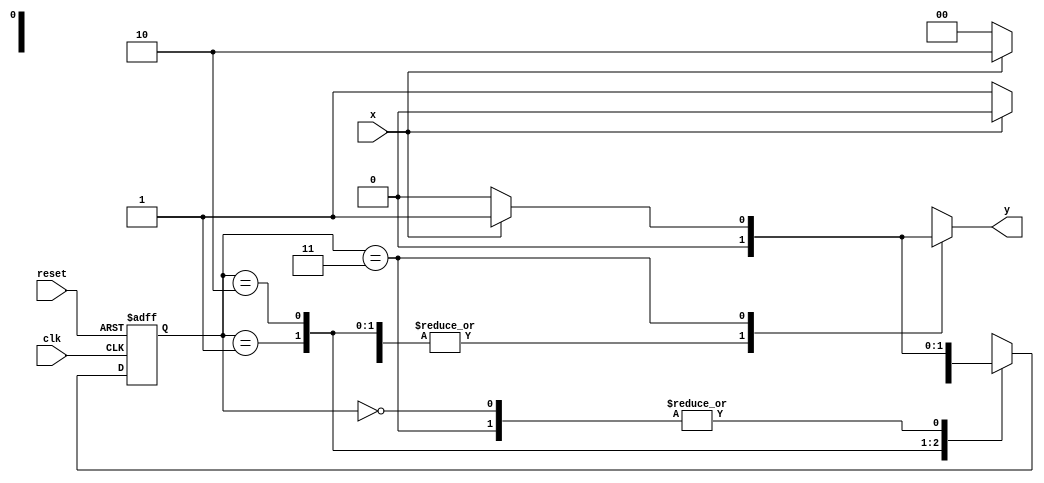
module mealy_1101(clk,reset,x,y);
input clk,reset,x;
output reg  y;

parameter s0=2'b00;
parameter s1=2'b01;
parameter s2=2'b10;
parameter s3=2'b11;
	
reg [1:0] ps,ns;

always@(posedge clk or posedge reset) begin
	
	if(reset)
		ps<=s0;
	else
		ps<=ns;
		
end


always@(*) begin

case(ps)

s0:
begin
ns=x?s1:s0;
y=1'b0;
end

s1:
begin
ns=x?s2:s0;
y=1'b0;
end

s2:
begin
ns=x?s2:s3;
y=1'b0;
end

s3:
begin
ns=x?s1:s0;
y=x?1'b1:1'b0;
end
	
default:y=1'b0;

endcase

end

endmodule